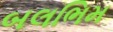
બલભિમ